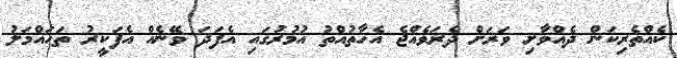
ކެއްތެރިކަން ދެއްވާށި ވަރަށް ދެރަވެއްޖެ އެހާތުއްތު އުމުރުގައި އެފަދަ ވޭނެއް އެފަކީރު ތަހައްމަލު